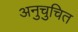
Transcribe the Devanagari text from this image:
अनुचुचित